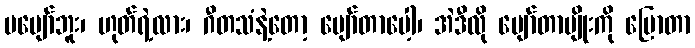
မပျော်ဘူး၊ ဟုတ်ရဲ့လား၊ ဂီတသံနဲ့တော့ ပျော်တာပေါ့၊ အဲဒီလို ပျော်တာမျိုးကို ပြောတာ